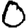
Digit: 0